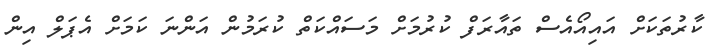
ކާރުތަކަށް އައިއޯއެސް ތައާރަފް ކުރުމަށް މަސައްކަތް ކުރަމުން އަންނަ ކަމަށް އެޕަލް އިން